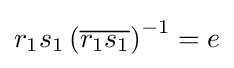
r_{1}s_{1}\left({\overline {r_{1}s_{1}}}\right)^{-1}=e